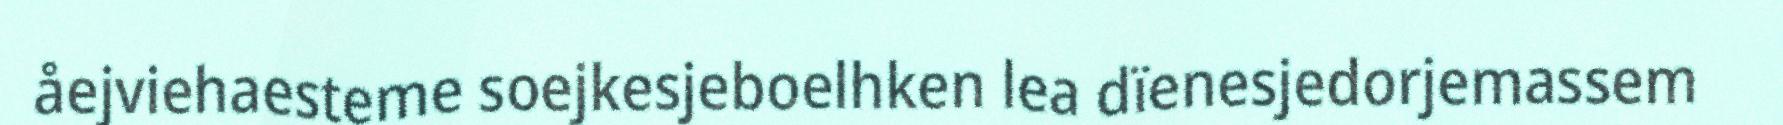
åejviehaesteme soejkesjeboelhken lea dïenesjedorjemassem